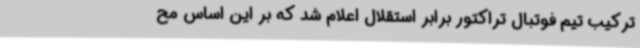
ترکیب تیم فوتبال تراکتور برابر استقلال اعلام شد که بر این اساس مح